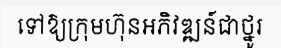
ទៅឱ្យក្រុមហ៊ុនអភិវឌ្ឍន៍ជាថ្នូរ